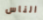
الناس